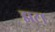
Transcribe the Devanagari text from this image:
झटा